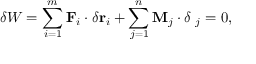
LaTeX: \delta W = \sum _ { i = 1 } ^ { m } \mathbf { F } _ { i } \cdot \delta \mathbf { r } _ { i } + \sum _ { j = 1 } ^ { n } \mathbf { M } _ { j } \cdot \delta \mathbf { \phi } _ { j } = 0 ,